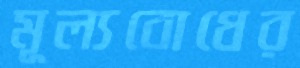
মূল্যবোধের